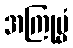
အကြုဗ္ဗံ